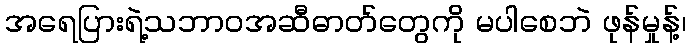
အရေပြားရဲ့သဘာဝအဆီဓာတ်တွေကို မပါစေဘဲ ဖုန်မှုန့်၊